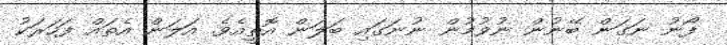
ފޯނު ނަގަން ބޭނުން ނުވުމުން ނުނަގައި ބަލަން އޮތީއެވެ. އަލަން އެތައް ފަހަރަކު